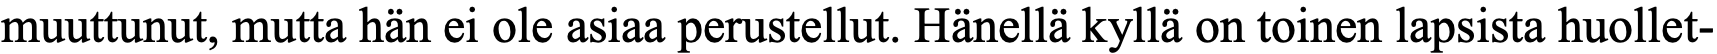
muuttunut, mutta hän ei ole asiaa perustellut. Hänellä kyllä on toinen lapsista huollet-